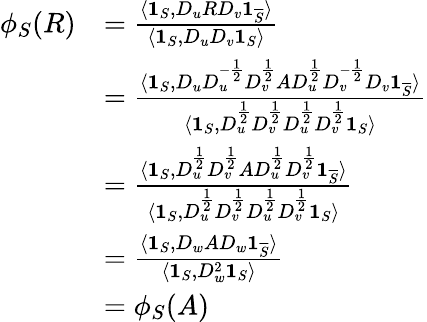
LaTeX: \begin{array}{rl}{\phi_{S}(R)}&{=\frac{\langle\mathbf{1}_{S},D_{u}RD_{v}\mathbf{1}_{\overline{{S}}}\rangle}{\langle\mathbf{1}_{S},D_{u}D_{v}\mathbf{1}_{S}\rangle}}\\ &{=\frac{\langle\mathbf{1}_{S},D_{u}D_{u}^{-\frac{1}{2}}D_{v}^{\frac{1}{2}}AD_{u}^{\frac{1}{2}}D_{v}^{-\frac{1}{2}}D_{v}\mathbf{1}_{\overline{{S}}}\rangle}{\langle\mathbf{1}_{S},D_{u}^{\frac{1}{2}}D_{v}^{\frac{1}{2}}D_{u}^{\frac{1}{2}}D_{v}^{\frac{1}{2}}\mathbf{1}_{S}\rangle}}\\ &{=\frac{\langle\mathbf{1}_{S},D_{u}^{\frac{1}{2}}D_{v}^{\frac{1}{2}}AD_{u}^{\frac{1}{2}}D_{v}^{\frac{1}{2}}\mathbf{1}_{\overline{{S}}}\rangle}{\langle\mathbf{1}_{S},D_{u}^{\frac{1}{2}}D_{v}^{\frac{1}{2}}D_{u}^{\frac{1}{2}}D_{v}^{\frac{1}{2}}\mathbf{1}_{S}\rangle}}\\ &{=\frac{\langle\mathbf{1}_{S},D_{w}AD_{w}\mathbf{1}_{\overline{{S}}}\rangle}{\langle\mathbf{1}_{S},D_{w}^{2}\mathbf{1}_{S}\rangle}}\\ &{=\phi_{S}(A)}\end{array}